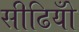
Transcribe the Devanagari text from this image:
सीढियोँ